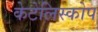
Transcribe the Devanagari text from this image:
केटेलिस्कोप